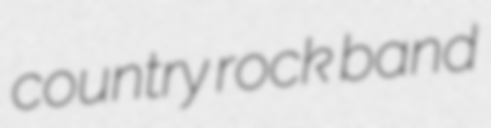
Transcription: country rock band